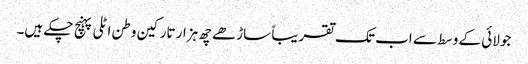
جولائی کے وسط سے اب تک تقریباً ساڑھے چھ ہزار تارکین وطن اٹلی پہنچ چکے ہیں۔